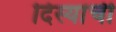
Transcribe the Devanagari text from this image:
दिस्यांची